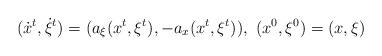
LaTeX: \begin{align*}( \dot x^t, \dot \xi^t) = (a_\xi (x^t, \xi^t) , -a_x (x^t, \xi^t)), \ (x^0, \xi^0) = (x,\xi) \end{align*}